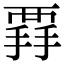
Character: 𧟲